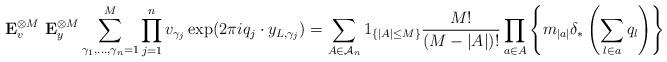
LaTeX: \begin{align*} {\bf E}_v^{\otimes M} \ {\bf E}_y^{\otimes M} \sum_{\gamma_1,...,\gamma_n = 1}^M \prod_{j=1}^n v_{\gamma_j} \exp(2 \pi i q_j \cdot y_{L,\gamma_j}) = \sum_{A \in \mathcal{A}_n} 1_{\{ |A| \leq M \}} \frac{M!}{(M-|A|)!}\prod_{a \in A} \left\{ m_{|a|} \delta_* \left( \sum_{l \in a} q_l \right) \right\} \end{align*}